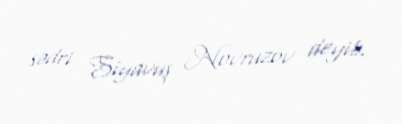
sədri Siyavuş Novruzov deyib.